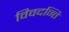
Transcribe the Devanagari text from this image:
विवदन्ति